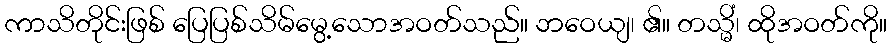
ကာသိတိုင်းဖြစ် ပြေပြစ်သိမ်မွေ့သောအဝတ်သည်။ ဘဝေယျ၊ ၏။ တသ္မိံ၊ ထိုအဝတ်ကို။